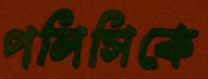
পলিসিকে